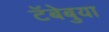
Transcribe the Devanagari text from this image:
टॅबेबुया